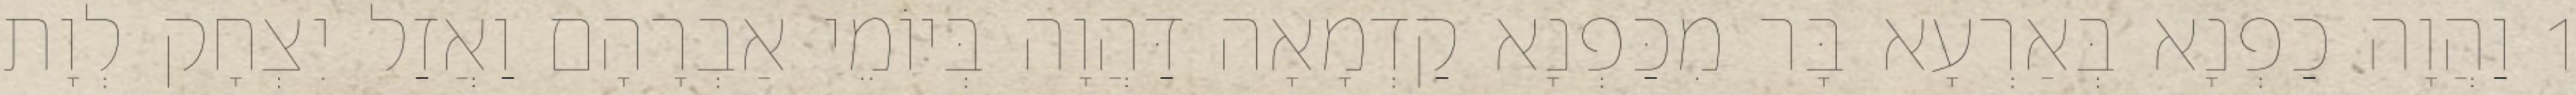
1 וַהֲוָה כַפְנָא בְּאַרְעָא בָּר מִכַּפְנָא קַדְמָאָה דַּהֲוָה בְּיוֹמֵי אַבְרָהָם וַאֲזַל יִצְחָק לְוָת